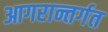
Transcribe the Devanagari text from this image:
आगरान्तर्गत